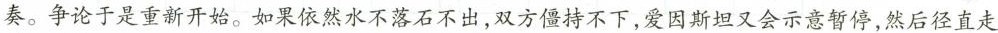
奏。争论于是重新开始。如果依然水不落石不出，双方僵持不下，爱因斯坦又会示意暂停，然后径直走